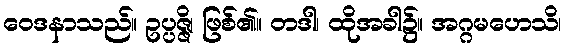
ဝေဒနာသည်။ ဥပ္ပဇ္ဇိ၊ ဖြစ်၏။ တဒါ၊ ထိုအခါ၌။ အဂ္ဂမဟေသိ၊